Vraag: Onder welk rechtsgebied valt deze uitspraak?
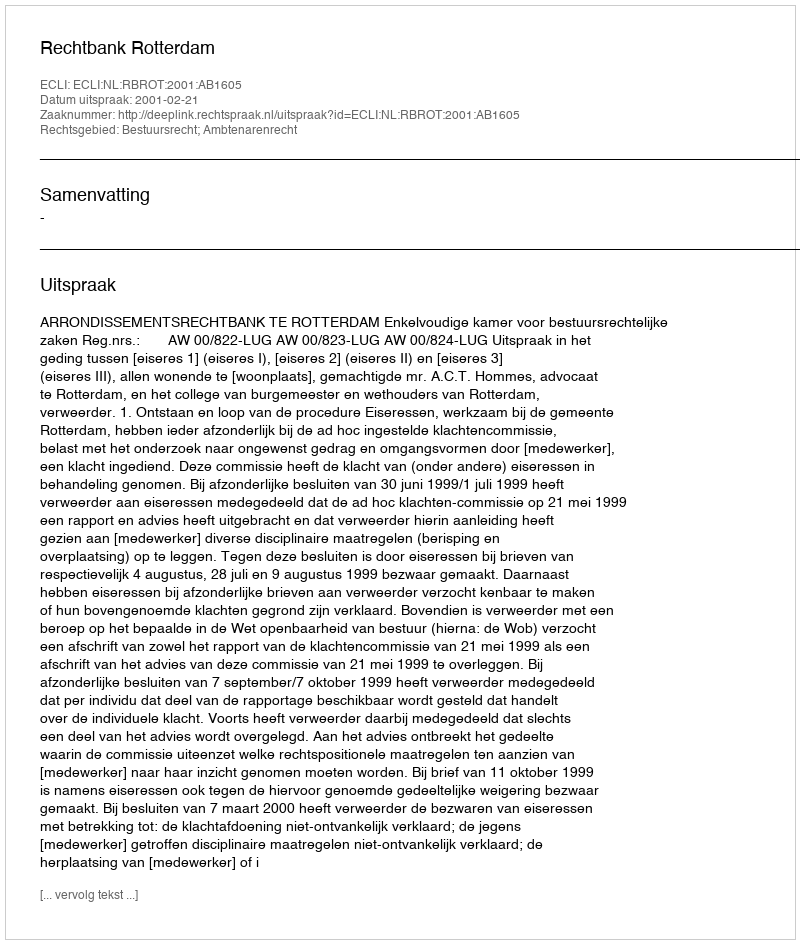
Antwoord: Bestuursrecht; Ambtenarenrecht